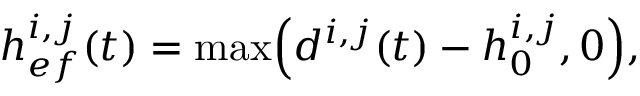
h _ { e f } ^ { i , j } ( t ) = \operatorname* { m a x } \Bigl ( d ^ { i , j } ( t ) - h _ { 0 } ^ { i , j } , 0 \Bigr ) ,